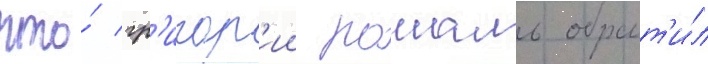
что́ гр'игор'ии рошаль обрат'и́л